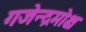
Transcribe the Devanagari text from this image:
गजेन्द्रमोक्ष